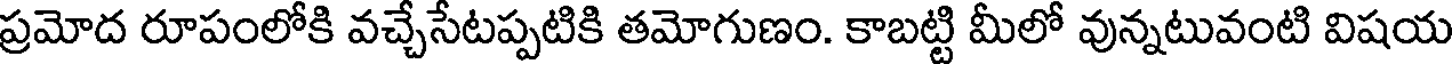
ప్రమోద రూపంలోకి వచ్చేసేటప్పటికి తమోగుణం. కాబట్టి మీలో వున్నటువంటి విషయ